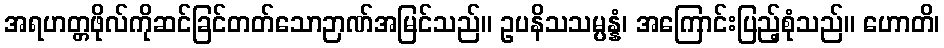
အရဟတ္တဖိုလ်ကိုဆင်ခြင်တတ်သောဉာဏ်အမြင်သည်။ ဥပနိသသမ္ပန္နံ၊ အကြောင်းပြည့်စုံသည်။ ဟောတိ၊